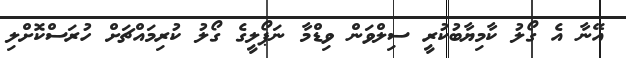
އޭނާ އެ ގޯލު ކާމިޔާބުކުރީ ސިލްވަން ވިޑްމާ ނަޕޯލީގެ ގޯލު ކުރިމައްޗަށް ހުރަސްކޮށްލި